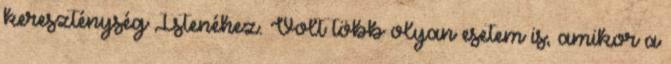
kereszténység Istenéhez. Volt több olyan esetem is, amikor a